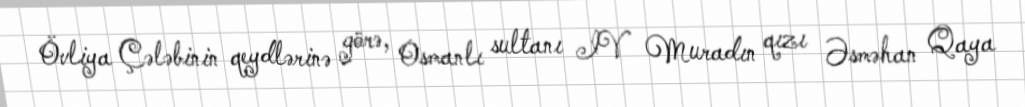
Övliya Çələbinin qeydlərinə görə, Osmanlı sultanı IV Muradın qızı Əsməhan Qaya